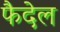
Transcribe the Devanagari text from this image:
फैदेल